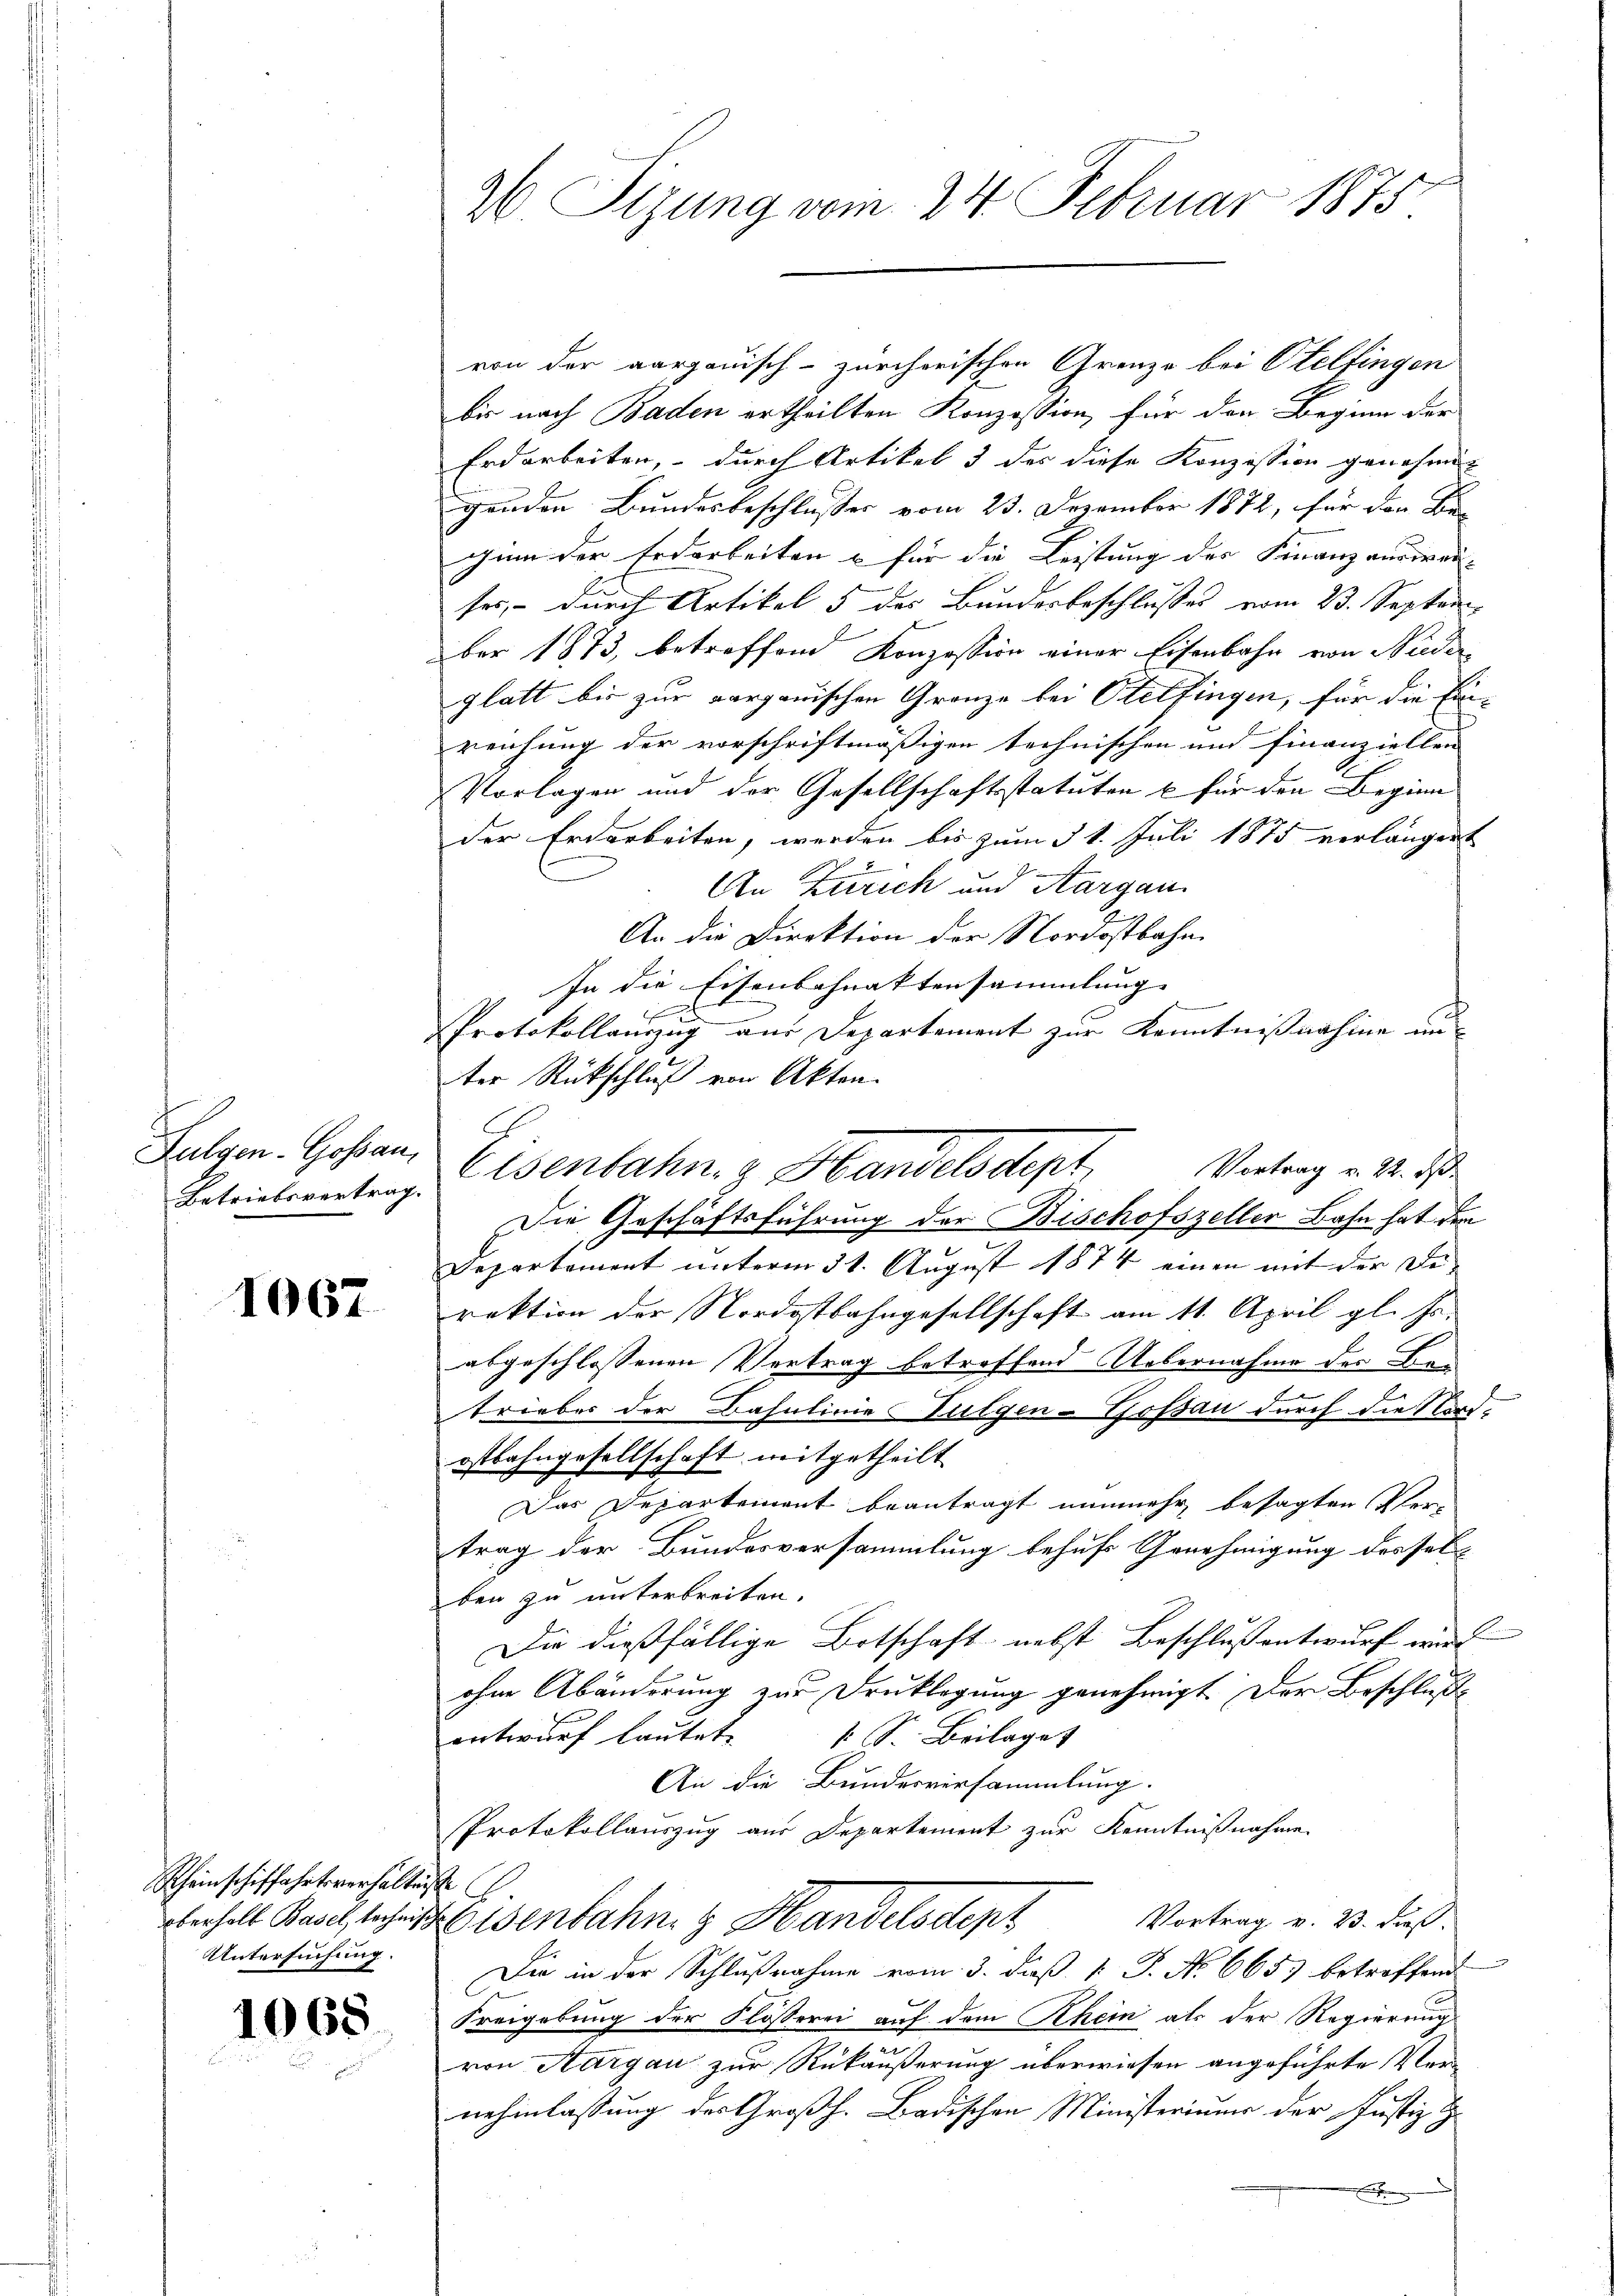
Fulgen-Gossau,
Betriebsvertrag.

1067

Rheinschiffahrtsverhältnisse
Oberhalt Basel, technisch
Untersuchung.

1068

26. Sizung vom 24. Februar 1875.

von der aargauisch-zürcherischen Grenze bei Otelfingen
bis nach Baden ertheilten Konzession, für den Beginn der
Erdarbeiten, durch Artikel 3 des diese Konzession genehmig
genden Bundesbeschlusses vom 23. Dezember 1872, für den Be-
gum der Erdarbeiten u für die Leistung des Finanzandien-
ses, – durch Artikel 5 des Bundesbeschlusses vom 23. Septem
ber 1873, betreffend Konzession einer Eisenbahn von Nieder
glatt bis zur aargauischen Granze bei Otelfingen, für die Ein-
reichung der vorschriftmäßigen technischen und Finanziellen
Vorlagen und der Gesellschaftsstatuten & für den Beginn
der Erdarbeiten, werden bis zum § 1. Juli 1875 verlängert
An Zürich und Aargau
An die Direktion der Nordostbahn.
In die Eisenbahnaktensammlung |
A
Protokollanzug aus Departement zur Kenntnißnahme anter Rückschluß von Akten.
.
Vortrag v. 22. ds.
Eisenbahn. Handelsdept
Die Geschäftsführung der Bischofszeller Bahn hat den
Departement unterm 31. August 1874 einen mit der Diraktion der Nordostbahngesellschaft am 11. April gl. Js.
abgeschlossenen Vertrag betreffend Uebernahme der Betrieber der Bahnlinie ulgen-Tossau durch die Nord-
ostbahngesellschaft mitgetheilt
Das Departement beantragt nunmehr besagten Ver-
trag der Bundesversammlung behufs Genehmigung dessel-
ben zu unterbreiten.
Die dießfällige Botschaft nebst Beschlussentwurf wird
ohne Abänderung zur Druklegung genehmigt. Der Beschluße
entwurf lautete 1 S. Beilaget
An die Bundesversammlung.
Protokollauszug aus Departement zur Kenntnißnahme
Eisenbahn & Handelsden Vortrag v. 2. dieß.
Die in der Schlußnahme vom 3. daß 1. P. No 665) betreffend
Freigebung der Flösserei auf dem Rhein als der Regierung
von Aargau zur Rükäußerung überwiesen angeführte Ver-
nehmlassung des Großh. Badischen Ministeriums der Justiz
.